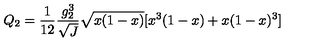
Q _ { 2 } = \frac { 1 } { 1 2 } \frac { g _ { 2 } ^ { 3 } } { \sqrt { J } } \sqrt { x ( 1 - x ) } [ x ^ { 3 } ( 1 - x ) + x ( 1 - x ) ^ { 3 } ]